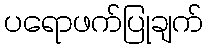
ပရောဖက်ပြုချက်